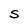
Character: S